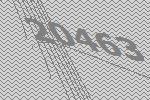
20463